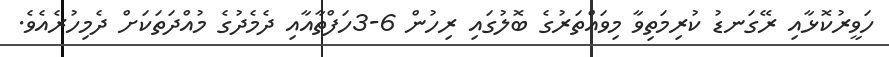
ހަވީރުކޮޅާއި ރޭގަނޑު ކުރިމަތިވާ މިވައްތަރުގެ ބޮލުގައި ރިހުން 6-3ހަފްތާއާއި ދެމެދުގެ މުއްދަތަކަށް ދެމިހުރެއެވެ.